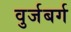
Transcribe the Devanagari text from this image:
वुर्जबर्ग